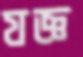
যজ্ঞ